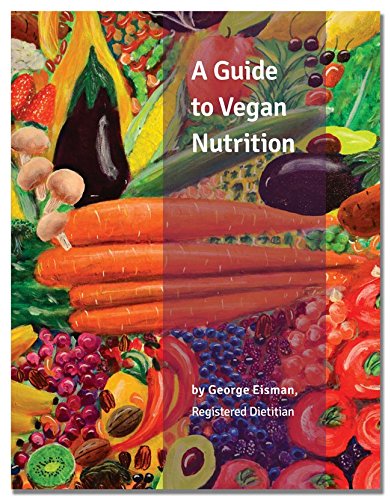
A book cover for A Guide to Vegan Nutrition; George Eisman; Health, Fitness & Dieting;